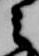
之